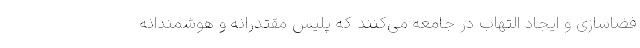
فضاسازی و ایجاد التهاب در جامعه می‌کنند که پلیس مقتدرانه و هوشمندانه